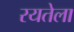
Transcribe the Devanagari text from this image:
रयतेला